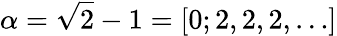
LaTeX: \alpha=\sqrt{2}-1=[0;2,2,2,\ldots]